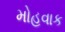
મોહવાક